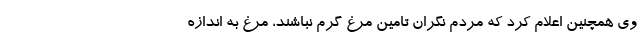
وی همچنین اعلام کرد که مردم نگران تامین مرغ گرم نباشند، مرغ به اندازه